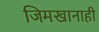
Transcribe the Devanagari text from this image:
जिमखानाही